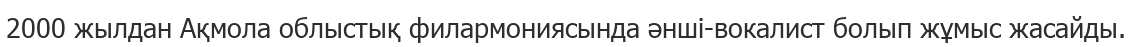
2000 жылдан Ақмола облыстық филармониясында әнші-вокалист болып жұмыс жасайды.